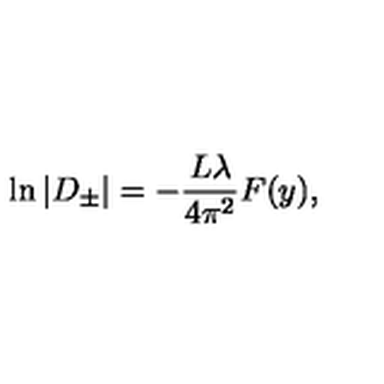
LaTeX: \ln \vert D _ { \pm } \vert = - \frac { L \lambda } { 4 \pi ^ { 2 } } F ( y ) ,